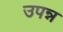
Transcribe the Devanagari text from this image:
उपन्न